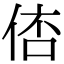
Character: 𠊑